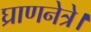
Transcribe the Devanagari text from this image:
घ्राणनेत्रे।